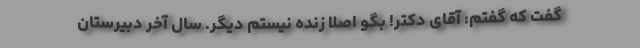
گفت که گفتم: آقای دکتر! بگو اصلا زنده نیستم دیگر. سال آخر دبیرستان